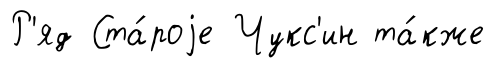
Р'яд Ста́роjе Чукс'ин та́кже